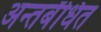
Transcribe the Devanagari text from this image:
अन्तर्बंधित